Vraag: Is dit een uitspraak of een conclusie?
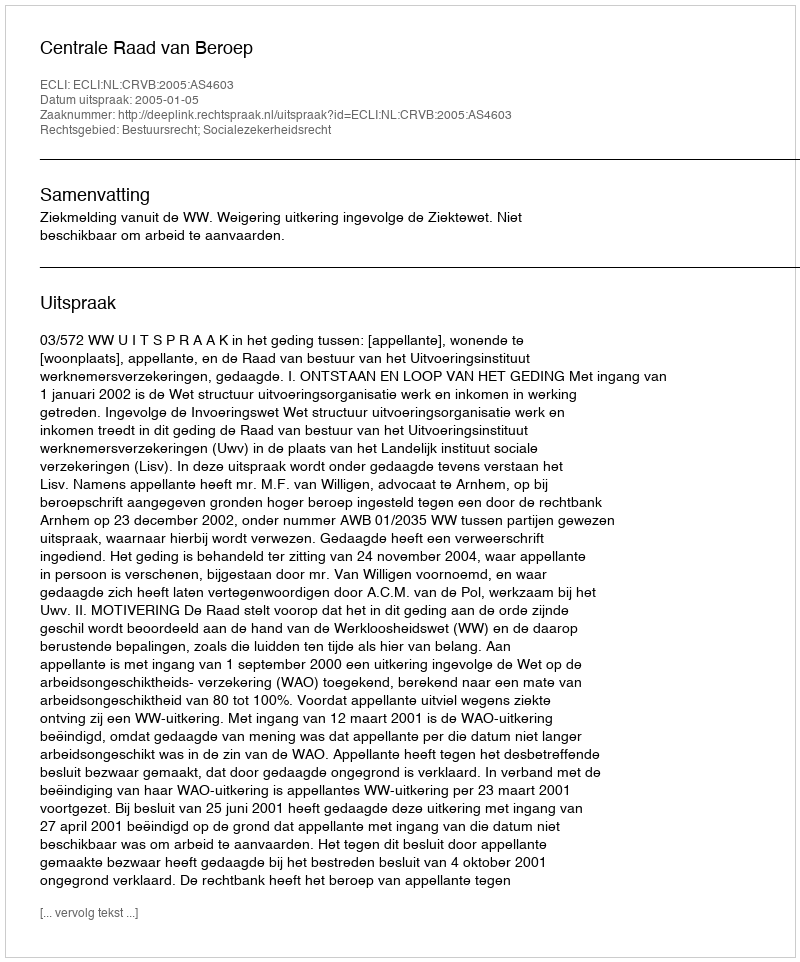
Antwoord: Uitspraak